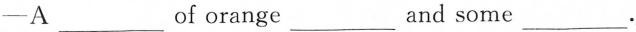
-A___of orange___and some___.